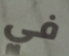
في